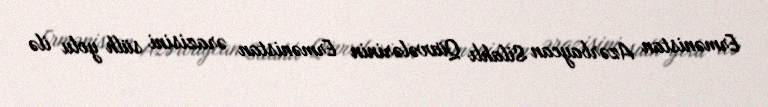
Ermənistan Azərbaycan Silahlı Qüvvələrinin Ermənistan ərazisini sülh yolu ilə